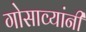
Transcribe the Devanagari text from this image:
गोसाव्यांनी